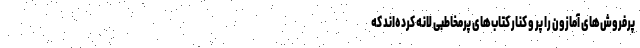
پرفروش‌های آمازون را پر و کنار کتاب‌های پرمخاطبی لانه کرده‌اند که